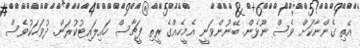
އޭތި ގެންނާކަށް ވެސް ނޫޅެން. ބޭނުންވަނީ އެމީހެއްގެ ރީތި ފީޗާސް ހައިލައިޓުކުރަން. ދުވަހަކުވެސް